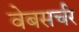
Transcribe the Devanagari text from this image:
वेबसर्चर